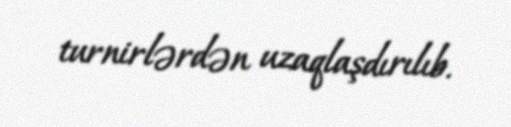
turnirlərdən uzaqlaşdırılıb.